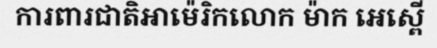
ការពារជាតិអាម៉េរិកលោក ម៉ាក អេស្ពើ